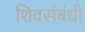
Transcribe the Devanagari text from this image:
शिवसंबंधी